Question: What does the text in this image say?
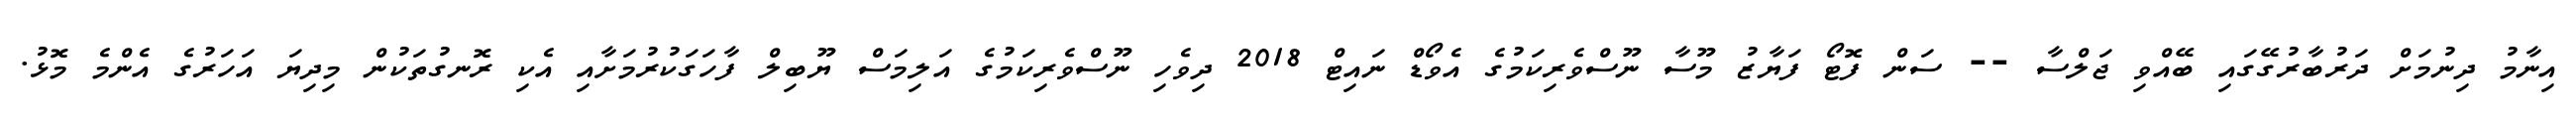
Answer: އިނާމު ދިނުމަށް ދަރުބާރުގޭގައި ބޭއްވި ޖަލްސާ -- ސަން ފޮޓޯ ފަޔާޒު މޫސާ ނޫސްވެރިކަމުގެ އެވޯޑް ނައިޓް 2018 ދިވެހި ނޫސްވެރިކަމުގެ އަލިމަސް ޔޫބިލް ފާހަގަކުރުމަށާއި އެކި ރޮނގުތަކުން މިދިޔަ އަހަރުގެ އެންމެ މޮޅު.